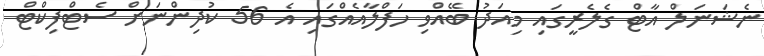
ނެޝަނަލް އާޓް ގެލެރީގައި މިއަދު ބޭއްވި ހަފްލާއެއްގައި އެ 56 ކުދިންނަށް ސެޓްފިކްޓް